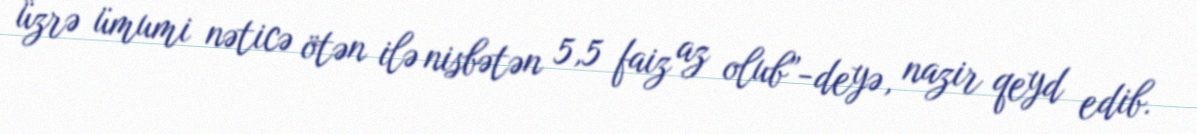
üzrə ümumi nəticə ötən ilə nisbətən 5,5 faiz az olub”-deyə, nazir qeyd edib.